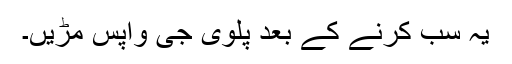
یہ سب کرنے کے بعد پلوی جی واپس مڑیں۔